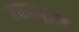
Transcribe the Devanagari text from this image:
प्रचारमूलक